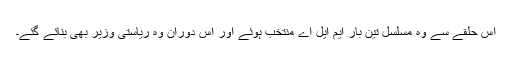
اس حلقے سے وہ مسلسل تین بار ایم ایل اے منتخب ہوئے اور اس دوران وہ ریاستی وزیر بھی بنائے گئے۔